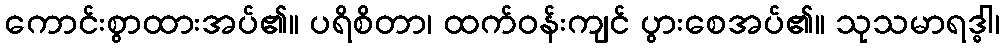
ကောင်းစွာထားအပ်၏။ ပရိစိတာ၊ ထက်ဝန်းကျင် ပွားစေအပ်၏။ သုသမာရဒ္ဓါ၊